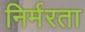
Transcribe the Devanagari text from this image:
निर्मरता